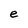
Character: e